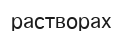
растворах